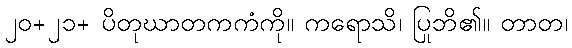
၂၀+၂၁+ ပိတုဃာတကကံကို။ ကရောသိ၊ ပြုဘိ၏။ တာတ၊